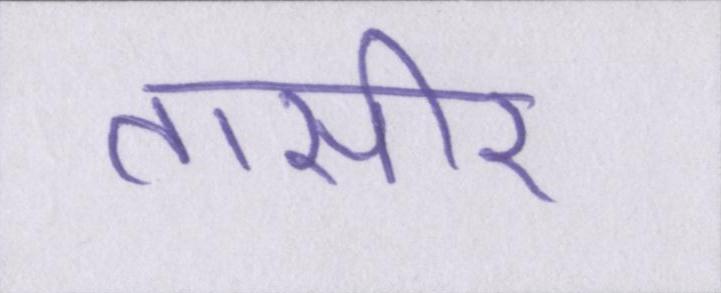
तासीर